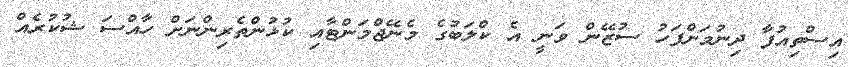
އިސްތިއުފާ ދިނުމަށްފަހު ސުޒޭން ވަނީ އެ ކްލަބުގެ މެނޭޖްމަންޓާއި ކުޅުންތެރިންނަށް ހާއްސަ ޝުކުރެއް